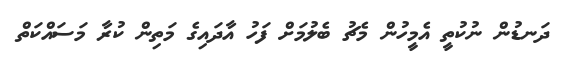
ދަނޑުން ނުކުތީ އެމީހުން މެޗު ބެލުމަށް ފަހު އާދައިގެ މަތިން ކުރާ މަސައްކަތް